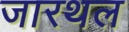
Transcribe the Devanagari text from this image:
जारथल